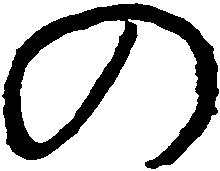
の